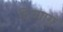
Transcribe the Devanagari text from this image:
दिव्याग